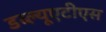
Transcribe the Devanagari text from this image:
डब्ल्यूएटीएस